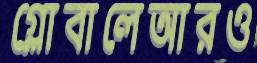
গ্লোবালেআরও